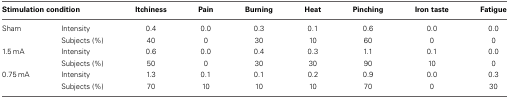
| <COLSPAN=2> Stimulation condition | Itchiness | Pain | Burning | Heat | Pinching | Iron taste | Fatigue |
 | --- | --- | --- | --- | --- | --- | --- | --- | --- |
 | Sham | Intensity | 0.4 | 0.0 | 0.3 | 0.1 | 0.6 | 0.0 | 0.0 |
 |  | Subjects (%) | 40 | 0 | 30 | 10 | 60 | 0 | 0 |
 | 1.5 mA | Intensity | 0.6 | 0.0 | 0.4 | 0.3 | 1.1 | 0.1 | 0.0 |
 |  | Subjects (%) | 50 | 0 | 30 | 30 | 90 | 10 | 0 |
 | 0.75 mA | Intensity | 1.3 | 0.1 | 0.1 | 0.2 | 0.9 | 0.0 | 0.3 |
 |  | Subjects (%) | 70 | 10 | 10 | 10 | 70 | 0 | 30 |